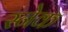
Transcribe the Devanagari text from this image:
स्‍नेक